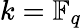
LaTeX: k=\mathbb{F}_{q}